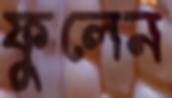
ফুলেন